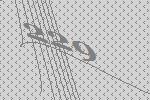
229